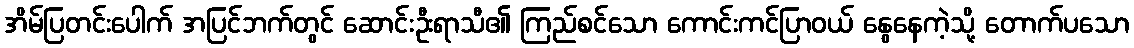
အိမ်ပြတင်းပေါက် အပြင်ဘက်တွင် ဆောင်းဦးရာသီ၏ ကြည်စင်သော ကောင်းကင်ပြာဝယ် နွေနေကဲ့သို့ တောက်ပသော